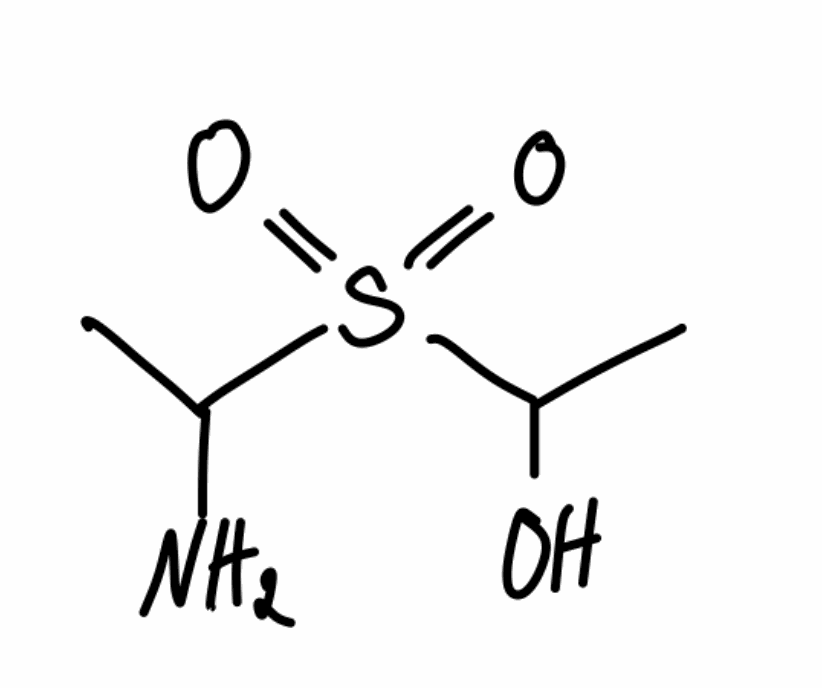
Simplified molecular-input line-entry system (SMILES) notation of the given molecule:
CC(N)S(=O)(=O)C(C)O